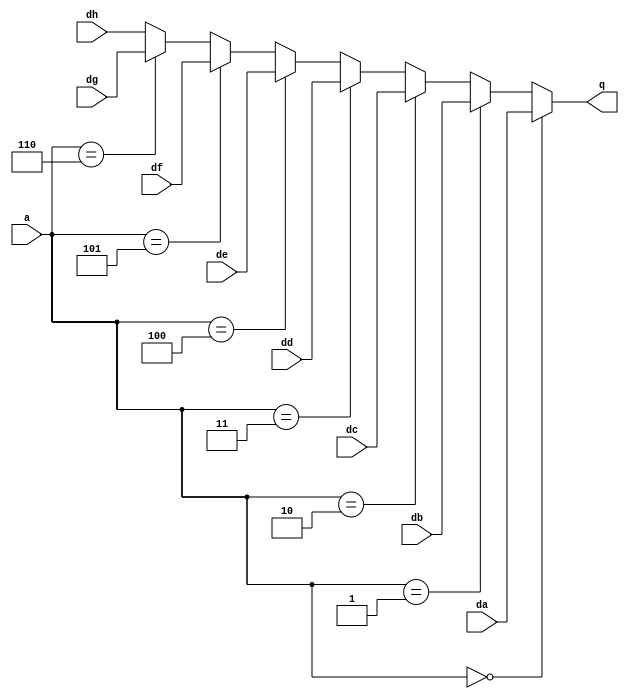
module mux_bus (a, da, db, dc, dd, de, df, dg, dh, q); 
input  [2:0]  a;	
input  [7:0]  da, db, dc, dd, de, df, dg, dh;
output  [7:0] q;
		
assign  q = (a==0) ? da:  (a==1) ? db:
			(a==2) ? dc:  (a==3) ? dd:
			(a==4) ? de:  (a==5) ? df:
			(a==6) ? dg: dh;

endmodule